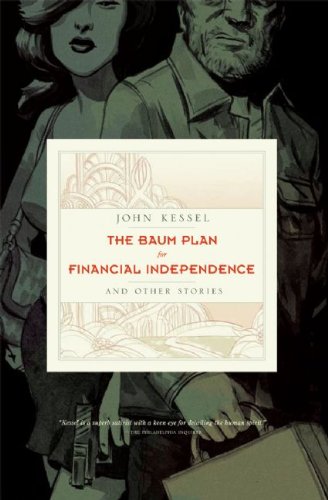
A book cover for The Baum Plan for Financial Independence: and Other Stories; John Kessel; Literature & Fiction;